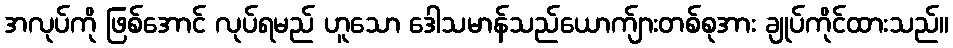
အလုပ်ကို ဖြစ်အောင် လုပ်ရမည် ဟူသော ဒေါသမာန်သည်ယောက်ျားတစ်စုအား ချုပ်ကိုင်ထားသည်။